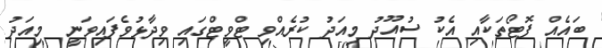
ބައެއް ފޮޓޯތަކާއި އެކު ސުއޫދު މިއަދު ކުރެއްވި ޓްވީޓްގައި ވިދާޅުވެފައިވަނީ  މިއަދު